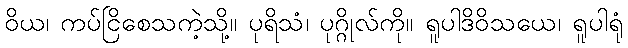
ဝိယ၊ ကပ်ငြိစေသကဲ့သို့။ ပုရိသံ၊ ပုဂ္ဂိုလ်ကို။ ရူပါဒိဝိသယေ၊ ရူပါရုံ